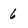
Character: 6